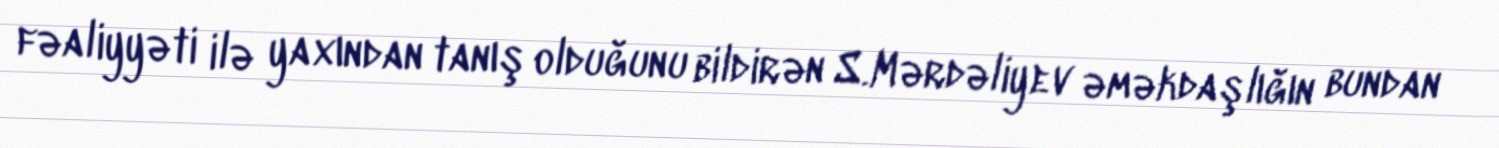
fəaliyyəti ilə yaxından tanış olduğunu bildirən S.Mərdəliyev əməkdaşlığın bundan